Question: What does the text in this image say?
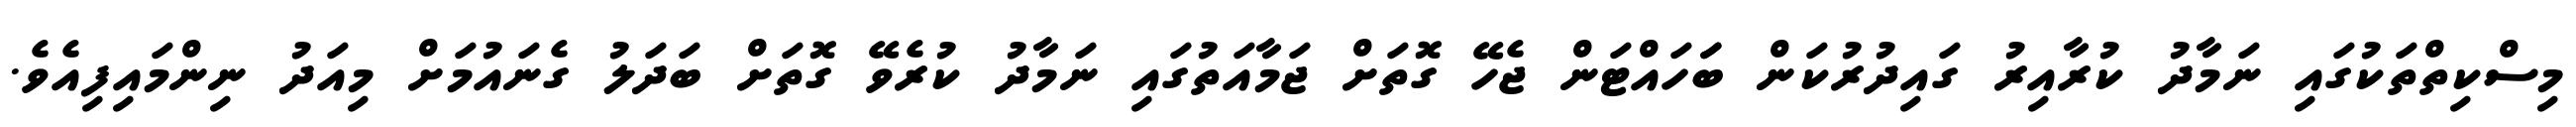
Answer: މިސްކިތްތަކުގައި ނަމާދު ކުރާއިރު ގައިދުރުކަން ބަަހައްޓަން ޖެހޭ ގޮތަށް ޖަމާއަތުގައި ނަމާދު ކުރެވޭ ގޮތަށް ބަދަލު ގެނައުމަށް މިއަދު ނިންމައިފިއެވެ.